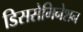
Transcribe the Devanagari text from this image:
डिससेमिनेशन